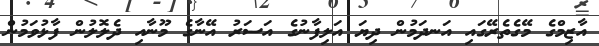
އާޒިމްގެ މޭގެތެރޭގައި އަނދަމުން ދިޔަ އަލިފާނުގެ އަސަރު އޭނާގެ މޫނާއި ދެލޮލުން ފާޅުވަމުން